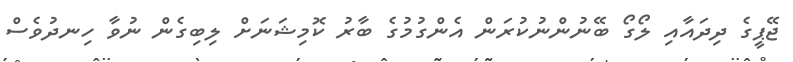
ޖޭޕީގެ ދިދައާއި ލޯގޯ ބޭނުންނުކުރަން އެންގުމުގެ ބާރު ކޮމިޝަނަށް ލިބިގެން ނުވާ ހިނދުވެސް